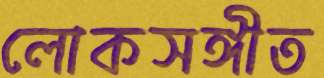
লোকসঙ্গীত